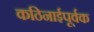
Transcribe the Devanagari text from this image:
कठिनाईपूर्वक